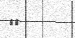
٥٤